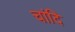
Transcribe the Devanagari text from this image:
चांदि